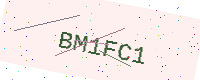
Text: BM1FC1